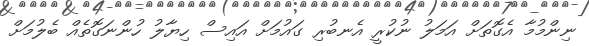
ނިންމުމާ އެގޮތަށް އަމަލު ނުކުރީ އެނބުރި ގައުމަށް އައިސް ހިޔާލު ހުންނަގޮތެއް ބެލުމަށް